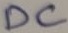
Text: DC